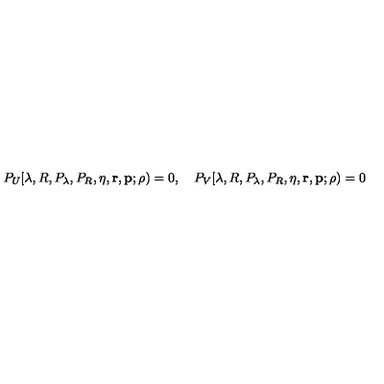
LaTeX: P _ { U } [ \lambda , R , P _ { \lambda } , P _ { R } , \eta , { \mathbf r } , { \mathbf p } ; \rho ) = 0 , \quad P _ { V } [ \lambda , R , P _ { \lambda } , P _ { R } , \eta , { \mathbf r } , { \mathbf p } ; \rho ) = 0